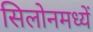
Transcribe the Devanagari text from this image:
सिलोनमध्यें